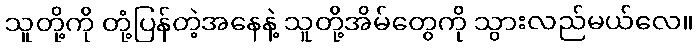
သူတို့ကို တုံ့ပြန်တဲ့အနေနဲ့ သူတို့အိမ်တွေကို သွားလည်မယ်လေ။